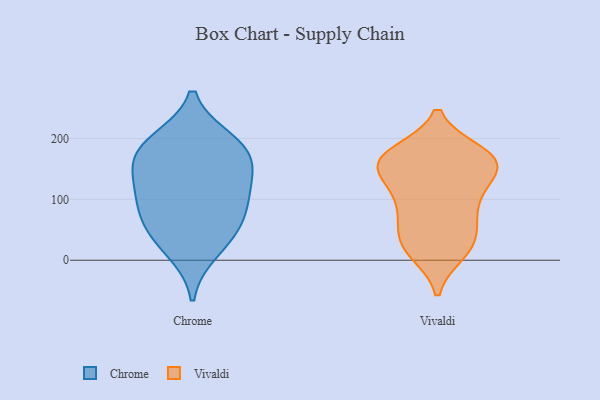
{"axis": {"x": "Net Income (USD K)", "y": "Value"}, "legend": ["Chrome", "Vivaldi"], "data": [{"x": "", "y": 102, "type": "Chrome"}, {"x": "", "y": 146, "type": "Chrome"}, {"x": "", "y": 189, "type": "Chrome"}, {"x": "", "y": 51, "type": "Chrome"}, {"x": "", "y": 180, "type": "Chrome"}, {"x": "", "y": 157, "type": "Chrome"}, {"x": "", "y": 196, "type": "Chrome"}, {"x": "", "y": 51, "type": "Chrome"}, {"x": "", "y": 115, "type": "Chrome"}, {"x": "", "y": 15, "type": "Chrome"}, {"x": "", "y": 86, "type": "Chrome"}, {"x": "", "y": 175, "type": "Vivaldi"}, {"x": "", "y": 31, "type": "Vivaldi"}, {"x": "", "y": 26, "type": "Vivaldi"}, {"x": "", "y": 147, "type": "Vivaldi"}, {"x": "", "y": 161, "type": "Vivaldi"}, {"x": "", "y": 164, "type": "Vivaldi"}, {"x": "", "y": 66, "type": "Vivaldi"}, {"x": "", "y": 111, "type": "Vivaldi"}, {"x": "", "y": 165, "type": "Vivaldi"}, {"x": "", "y": 14, "type": "Vivaldi"}, {"x": "", "y": 165, "type": "Vivaldi"}, {"x": "", "y": 96, "type": "Vivaldi"}, {"x": "", "y": 65, "type": "Vivaldi"}, {"x": "", "y": 166, "type": "Vivaldi"}, {"x": "", "y": 155, "type": "Vivaldi"}, {"x": "", "y": 107, "type": "Vivaldi"}, {"x": "", "y": 21, "type": "Vivaldi"}]}